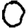
Digit: 0